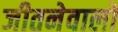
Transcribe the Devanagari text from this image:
जीतनेवालों